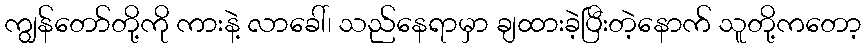
ကျွန်တော်တို့ကို ကားနဲ့ လာခေါ်၊ သည်နေရာမှာ ချထားခဲ့ပြီးတဲ့နောက် သူတို့ကတော့